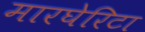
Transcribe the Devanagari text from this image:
मारघेरिटा